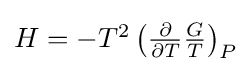
{\textstyle H=-T^{2}\left({\frac {\partial }{\partial T}}{\frac {G}{T}}\right)_{P}}